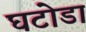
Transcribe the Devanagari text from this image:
घटोडा